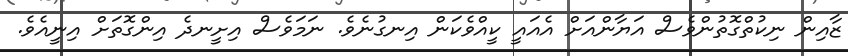
ޒާއިން ނިކުތްގޮތުންވެސް އަޔާންއަށް އެއައީ ކީއްވެކަން އިނގުނެވެ. ނަމަވެސް އިށީނދެ އިންގޮތަށް އިނީއެވެ.